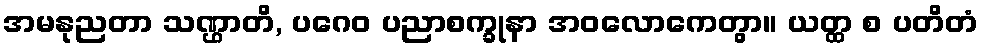
အမနုညတာ သဏ္ဌာတိ, ပဂေဝ ပညာစက္ခုနာ အဝလောကေတွာ။ ယတ္ထ စ ပတိတံ